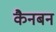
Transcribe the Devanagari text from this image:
कैनबन